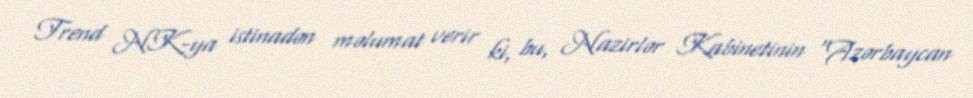
Trend NK-ya istinadən məlumat verir ki, bu, Nazirlər Kabinetinin “Azərbaycan